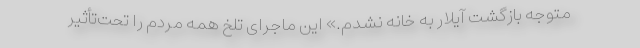
متوجه بازگشت آیلار به خانه نشدم.» این ماجرای تلخ همه مردم را تحت‌تأثیر